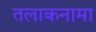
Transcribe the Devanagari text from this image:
तलाकनामा